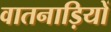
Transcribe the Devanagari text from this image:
वातनाड़ियों